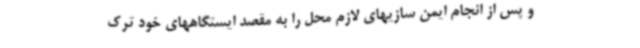
و پس از انجام ایمن سازیهای لازم محل را به مقصد ایستگاههای خود ترک